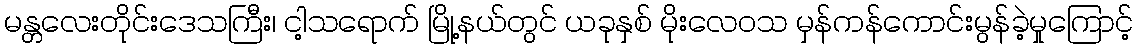
မန္တလေးတိုင်းဒေသကြီး၊ ငါ့သရောက် မြို့နယ်တွင် ယခုနှစ် မိုးလေဝသ မှန်ကန်ကောင်းမွန်ခဲ့မှုကြောင့်